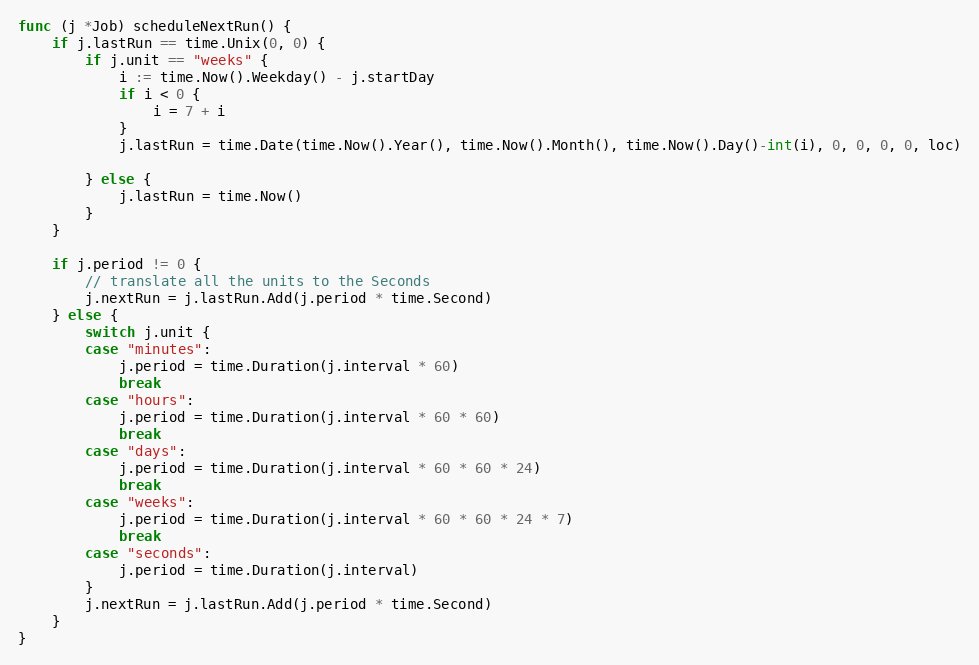
Language: Go
func (j *Job) scheduleNextRun() {
	if j.lastRun == time.Unix(0, 0) {
		if j.unit == "weeks" {
			i := time.Now().Weekday() - j.startDay
			if i < 0 {
				i = 7 + i
			}
			j.lastRun = time.Date(time.Now().Year(), time.Now().Month(), time.Now().Day()-int(i), 0, 0, 0, 0, loc)

		} else {
			j.lastRun = time.Now()
		}
	}

	if j.period != 0 {
		// translate all the units to the Seconds
		j.nextRun = j.lastRun.Add(j.period * time.Second)
	} else {
		switch j.unit {
		case "minutes":
			j.period = time.Duration(j.interval * 60)
			break
		case "hours":
			j.period = time.Duration(j.interval * 60 * 60)
			break
		case "days":
			j.period = time.Duration(j.interval * 60 * 60 * 24)
			break
		case "weeks":
			j.period = time.Duration(j.interval * 60 * 60 * 24 * 7)
			break
		case "seconds":
			j.period = time.Duration(j.interval)
		}
		j.nextRun = j.lastRun.Add(j.period * time.Second)
	}
}